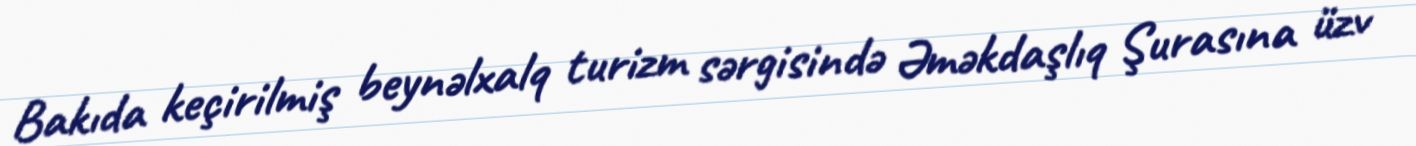
Bakıda keçirilmiş beynəlxalq turizm sərgisində Əməkdaşlıq Şurasına üzv